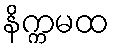
နိက္ကမထ